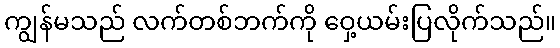
ကျွန်မသည် လက်တစ်ဘက်ကို ဝှေ့ယမ်းပြလိုက်သည်။